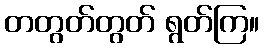
တတွတ်တွတ် ရွတ်ကြ။